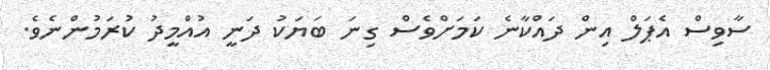
ސާވިސް އެޕަލް އިން ދައްކާނެ ކަމަށްވެސް ގިނަ ބަޔަކު ދަނީ އުއްމީދު ކުރަމުންނެވެ.